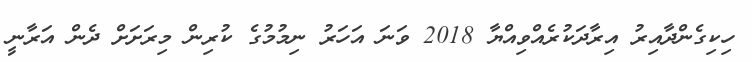
ހިކިގެންދާއިރު އިރާދަކުރެއްވިއްޔާ 2018 ވަނަ އަހަރު ނިމުމުގެ ކުރިން މިރަށަށް ދެން އަރާނީ